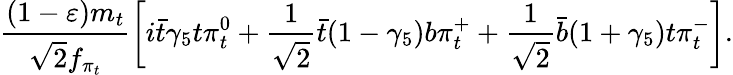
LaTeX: \frac{(1-\varepsilon)m_{t}}{\sqrt{2}f_{\pi_{t}}}\left[i\bar{t}\gamma_{5}t\pi_{t}^{0}+\frac{1}{\sqrt{2}}\bar{t}(1-\gamma_{5})b\pi_{t}^{+}+\frac{1}{\sqrt{2}}\bar{b}(1+\gamma_{5})t\pi_{t}^{-}\right].